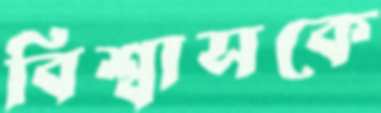
বিশ্বাসকে